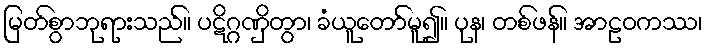
မြတ်စွာဘုရားသည်။ ပဋိဂ္ဂဏှိတွာ၊ ခံယူတော်မူ၍။ ပုန၊ တစ်ဖန်။ အာဠဝကဿ၊